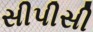
સીપીસી